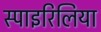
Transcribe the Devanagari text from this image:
स्पाइरिलिया